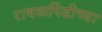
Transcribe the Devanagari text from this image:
रावळपिंडीच्या